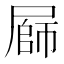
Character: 𭕪